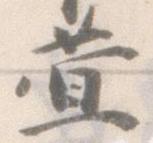
萱